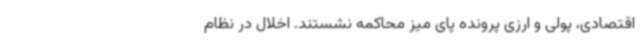
اقتصادی، پولی و ارزی پرونده پای میز محاکمه نشستند. اخلال در نظام